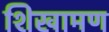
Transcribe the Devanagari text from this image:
शिखामण